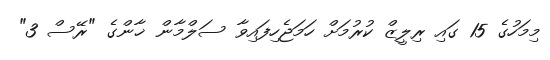
މިމަހުގެ 15 ގައި ރިލީޒް ކުރުމަށް ހަމަޖެހިފައިވާ ސަލްމާން ޚާންގެ "ރޭސް 3"